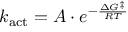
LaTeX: k _ { \mathrm { a c t } } = A \cdot e ^ { - { \frac { \Delta G ^ { \ddagger } } { R T } } }